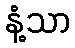
နံ့သာ